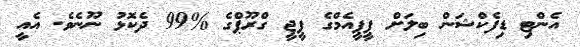
އެންޓި ޑިފެކްޝަން ބިލަށް ޕީޕީއެމްގެ ޕީޖީ ގްރޫޕްގެ %99 ދެކޮޅު ނޫނެވެ. އެއީ